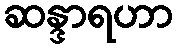
ဆန္ဒာရဟာ